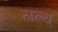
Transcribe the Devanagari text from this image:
सल्य